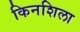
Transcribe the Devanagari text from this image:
किनशिला